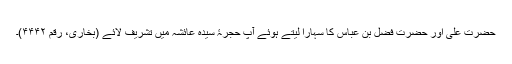
حضرت علی اور حضرت فضل بن عباس کا سہارا لیتے ہوئے آپ حجرۂ سیدہ عائشہ میں تشریف لائے (بخاری، رقم ۴۴۴۲)۔